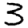
Digit: 3